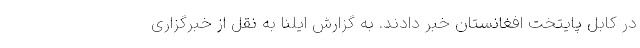
در کابل پایتخت افغانستان خبر دادند. به گزارش ایلنا به نقل از خبرگزاری